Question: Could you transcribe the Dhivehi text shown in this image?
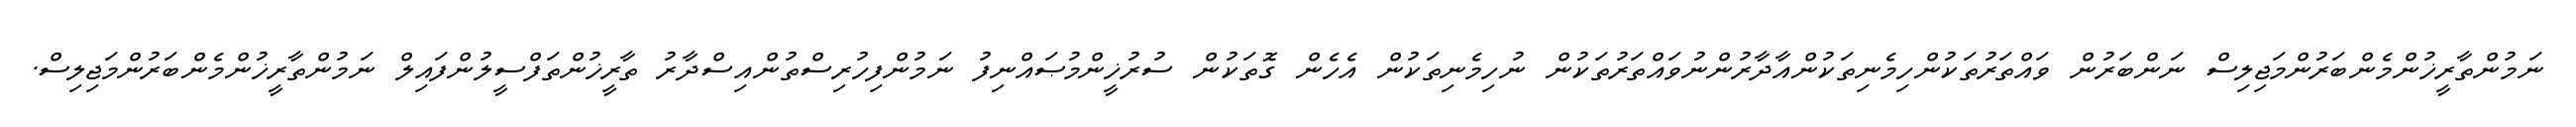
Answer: ނަމުންތާރީޚުންމެންބަރުންމަޖިލިސް ނަންބަރުން ވައްތަރުތަކުންހިމެނިތަކުންއާދާރުންނުވައްތަރުތަކުން ނުހިމެނިތަކުން އެހެން ގޮތަކުން ސުރުޚީންމުޞައްނިފު ނަމުންފިހުރިސްތުންއިސްދާރު ތާރީޚުންތަފްސީލުންފައިލް ނަމުންތާރީޚުންމެންބަރުންމަޖިލިސް.